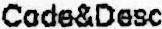
CODE&DESC